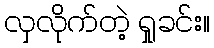
လှလိုက်တဲ့ ရှုခင်း။